65_HS1-834228961_62-HQ-83894_Section_6
Agency: FBI
Page 127
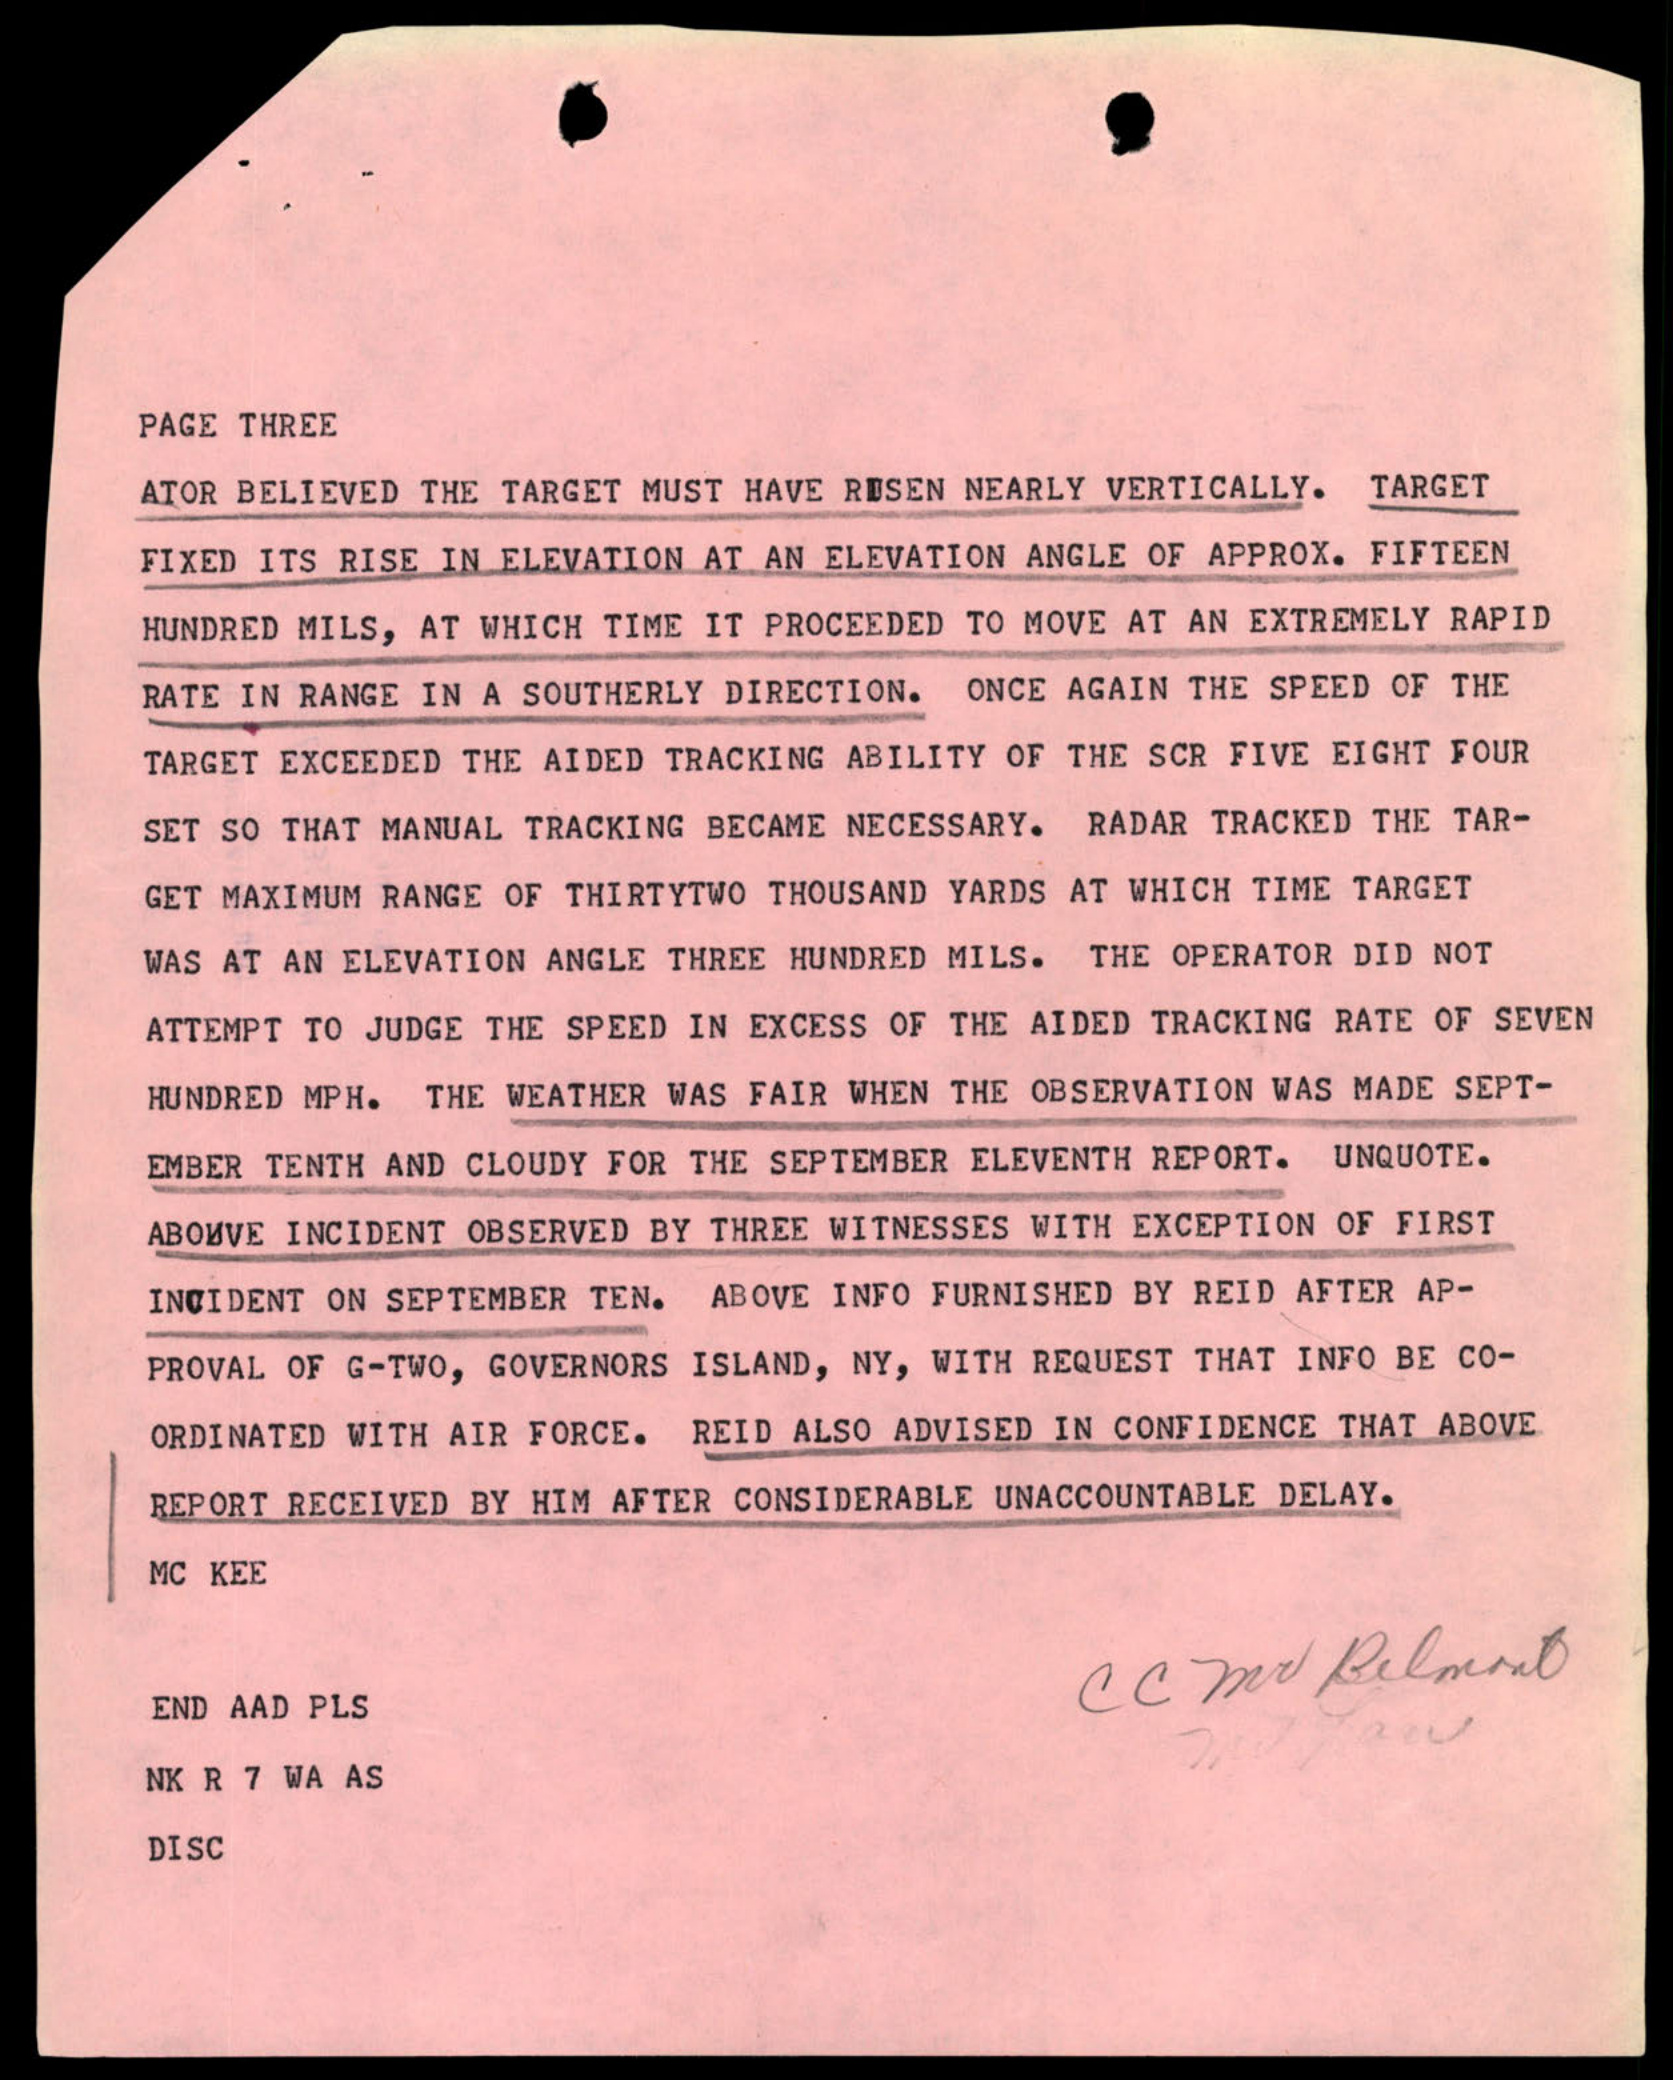